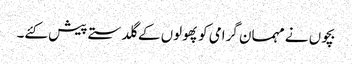
بچوں نے مہمان گرامی کو پھولوں کے گلدستے پیش کئے۔